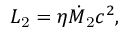
L _ { \mathrm { 2 } } = \eta \dot { M } _ { \mathrm { 2 } } c ^ { 2 } ,